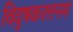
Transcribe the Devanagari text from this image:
विदुषकरत्तनम